Report on vaccination in the Province of Bengal - 1869-1873
Year: 1869
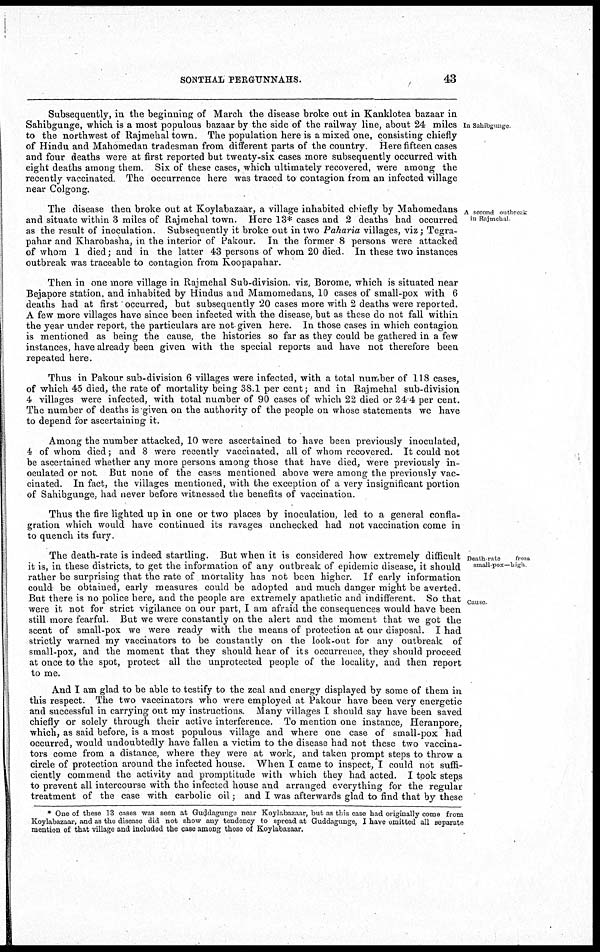
SONTHAL PERGUNNAHS.
43
In Sahibgunge
Subsequently, in the beginning of March the disease broke out in Kanklotea bazaar in
Sahibgunge, which is a most populous bazaar by the side of the railway line, about 24 miles
to the northwest of Rajmehal town. The population here is a mixed one, consisting chiefly
of Hindu and Mahomedan tradesman from different parts of the country. Here fifteen cases
and four deaths were at first reported but twenty-six cases more subsequently occurred with
eight deaths among them. Six of these cases, which ultimately recovered, were among the
recently vaccinated. The occurrence here was traced to contagion from an infected village
near Colgong.
A second outbreak
in Rajmehal
The disease then broke out at Koylabazaar, a village inhabited chiefly by Mahomedans
and situate within 3 miles of Rajmehal town. Here 13* cases and 2 deaths had occurred
as the result of inoculation. Subsequently it broke out in two Paharia villages, viz; Tegra-
pahar and Kharobasha, in the interior of Pakour. In the former 8 persons were attacked
of whom 1 died; and in the latter 43 persons of whom 20 died. In these two instances
outbreak was traceable to contagion from Koopapahar.
Then in one more village in Rajmehal Sub-division. viz, Borome, which is situated near
Bejapore station, and inhabited by Hindus and Mamomedans, 10 cases of small-pox with 6
deaths had at first occurred, but subsequently 20 cases more with 2 deaths were reported.
A few more villages have since been infected with the disease, but as these do not fall within
the year under report, the particulars are not given here. In those cases in which contagion
is mentioned as being the cause, the histories so far as they could be gathered in a few
instances, have already been given with the special reports and have not therefore been
repeated here.
Thus in Pakour sub-division 6 villages were infected, with a total number of 118 cases,
of which 45 died, the rate of mortality being 38.1 per cent; and in Rajmehal sub-division
4 villages were infected, with total number of 90 cases of which 22 died or 24 4 per cent.
The number of deaths is given on the authority of the people on whose statements we have
to depend for ascertaining it.
Among the number attacked, 10 were ascertained to have been previously inoculated,
4 of whom died; and 8 were recently vaccinated, all of whom recovered. It could not
be ascertained whether any more persons among those that have died, were previously in-
oculated or not. But none of the cases mentioned above were among the previously vac-
cinated. In fact, the villages mentioned, with the exception of a very insignificant portion
of Sahibgunge, had never before witnessed the benefits of vaccination.
Thus the fire lighted up in one or two places by inoculation, led to a general confla-
gration which would have continued its ravages unchecked had not vaccination come in
to quench its fury.
Death-rate
from
small-pox—high
Cause
The death-rate is indeed startling. But when it is considered how extremely difficult
it is, in these districts, to get the information of any outbreak of epidemic disease, it should
rather be surprising that the rate of mortality has not been higher. If early information
could be obtained, early measures could be adopted and much danger might be averted.
But there is no police here, and the people are extremely apathetic and indifferent. So that
were it not for strict vigilance on our part, I am afraid the consequences would have been
still more fearful. But we were constantly on the alert and the moment that we got the
scent of small-pox we were ready with the means of protection at our disposal. I had
strictly warned my vaccinators to be constantly on the look-out for any outbreak of
small-pox, and the moment that they should hear of its occurrence, they should proceed
at once to the spot, protect all the unprotected people of the locality, and then report
to me.
And I am glad to be able to testify to the zeal and energy displayed by some of them in
this respect. The two vaccinators who were employed at Pakour have been very energetic
and successful in carrying out my instructions. Many villages I should say have been saved
chiefly or solely through their active interference. To mention one instance, Heranpore,
which, as said before, is a most populous village and where one case of small-pox had
occurred, would undoubtedly have fallen a victim to the disease had not these two vaccina-
tors come from a distance, where they were at work, and taken prompt steps to throw a
circle of protection around the infected house. When I came to inspect, I could not suffi-
ciently commend the activity and promptitude with which they had acted. I took steps
to prevent all intercourse with the infected house and arranged everything for the regular
treatment of the case with carbolic oil; and I was afterwards glad to find that by these
* One of these 13 cases was seen at Guddagunge near Koylabazaar, but as this case had originally come from
Koylabazaar, and as the disease did not show any tendency to spread at Guddagunge, I have omitted all separate
mention of that village and included the case among those of Koylabazaar.